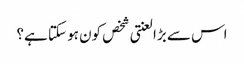
اس سے بڑا لعنتی شخص کون ہو سکتا ہے؟